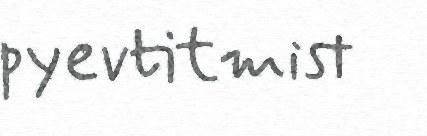
pyevtitmist